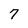
Character: 7